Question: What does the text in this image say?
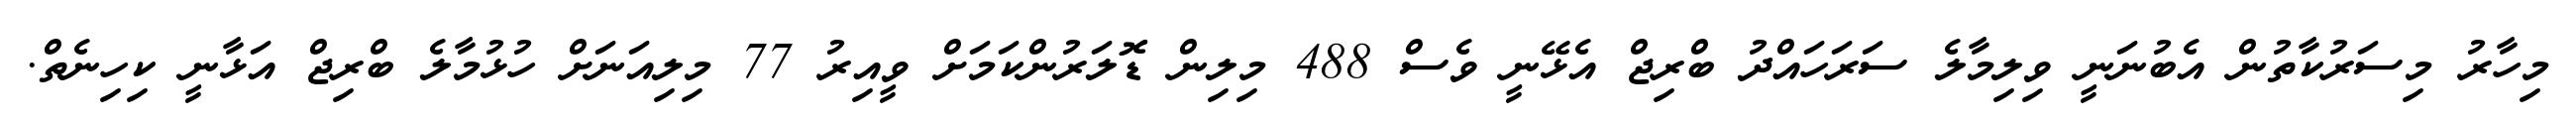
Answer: މިހާރު މިސަރުކާތުން އެބުނަނީ ވިލިމާލެ ސަރަހައްދު ބްރިޖް އެޅޭނީ ވެސް 488 މިލިން ޑޮލަރުންކަމަށް ވީއިރު 77 މިލިއަނަށް ހުޅުމާލެ ބްރިޖް އަޅާނީ ކިހިނެތް.